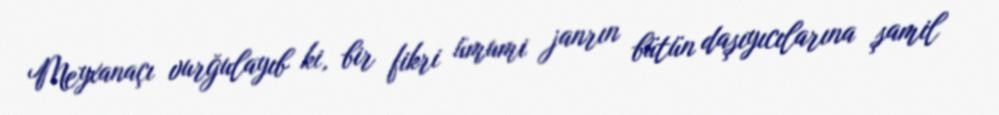
Meyxanaçı vurğulayıb ki, bir fikri ümumi janrın bütün daşıyıcılarına şamil